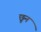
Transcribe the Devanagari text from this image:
छून